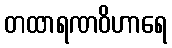
တထာရဏဝိဟာရေ